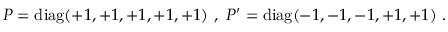
P = \mathrm { d i a g } ( + 1 , + 1 , + 1 , + 1 , + 1 ) ~ , ~ P ^ { \prime } = \mathrm { d i a g } ( - 1 , - 1 , - 1 , + 1 , + 1 ) ~ . ~ \,